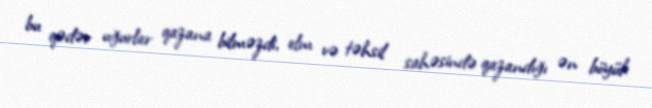
bu qədər uğurlar qazana bilməzdi, elm və təhsil sahəsində qazandığı ən böyük